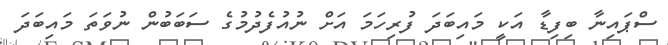
ސްޕައިނާ ބިފިޑާ އަކީ މައިބަދަ ފުރިހަމަ އަށް ނުއުފެދުމުގެ ސަބަބުން ނުވަތަ މައިބަދަ